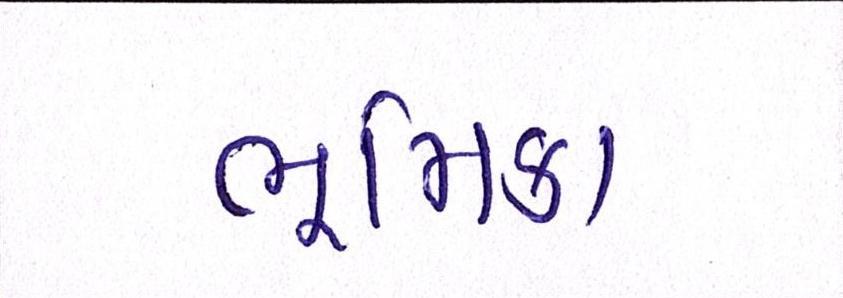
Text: ભૂમિકા